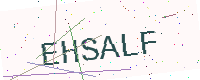
Text: EHSALF